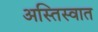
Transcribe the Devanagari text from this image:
अस्तिस्वात